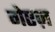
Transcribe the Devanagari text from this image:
गेएज़